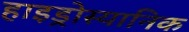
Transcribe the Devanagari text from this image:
हाइड्रोस्यानिक